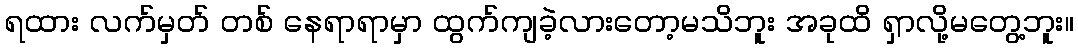
ရထား လက်မှတ် တစ် နေရာရာမှာ ထွက်ကျခဲ့လားတော့မသိဘူး အခုထိ ရှာလို့မတွေ့ဘူး။